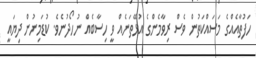
ހަފުތާއެއްގެ މަސައްކަތުން ވެސް ރިވާމެންގެ އުޅޭތަނެއް ވީ ހިސާބެއް ނުހޯދުނެވެ. ކުޑަމިނުން ދިޔައީ